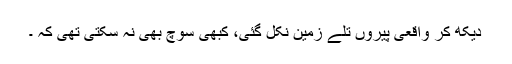
دیکھ کر واقعی پیروں تلے زمین نکل گئی، کبھی سوچ بھی نہ سکتی تھی کہ ۔